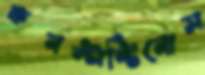
কনস্টান্টিনোস